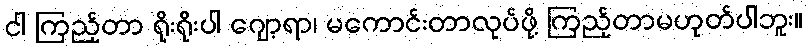
ငါ ကြည့်တာ ရိုးရိုးပါ ဂျော့ရာ၊ မကောင်းတာလုပ်ဖို့ ကြည့်တာမဟုတ်ပါဘူး။